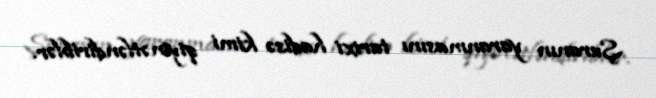
Şuranın yaranmasını tarixi hadisə kimi qiymətləndiriblər.